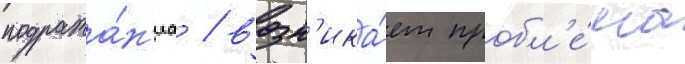
подража́н'иа / возн'ика́ет пробл'е́ма